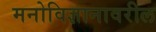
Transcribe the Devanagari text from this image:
मनोविज्ञानावरील